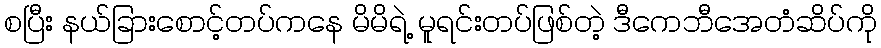
စပြီး နယ်ခြားစောင့်တပ်ကနေ မိမိရဲ့ မူရင်းတပ်ဖြစ်တဲ့ ဒီကေဘီအေတံဆိပ်ကို